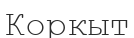
Коркыт